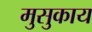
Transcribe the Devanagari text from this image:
मुसुकाय